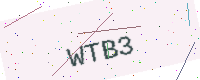
Text: WTB3